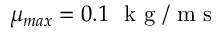
\mu _ { m a x } = 0 . 1 ~ { \textrm { k g } } / { \textrm { m s } }